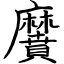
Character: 黂